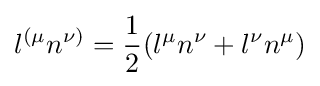
l^{(\mu }n^{\nu )}={\frac {1}{2}}(l^{\mu }n^{\nu }+l^{\nu }n^{\mu })